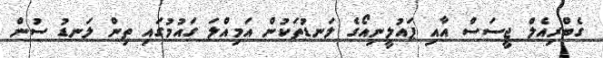
ގެބްރިއެލް ޖީސަސް އާއި ޕައުލީނިއޯގެ ލަނޑުތަކުން އަމިއްލަ ގައުމުގައި ތިން ލަނޑު ސުން